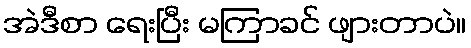
အဲဒီစာ ရေးပြီး မကြာခင် ဖျားတာပဲ။